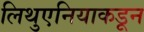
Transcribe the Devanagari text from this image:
लिथुएनियाकडून